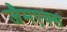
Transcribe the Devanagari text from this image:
जैमएक्स